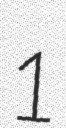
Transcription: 1